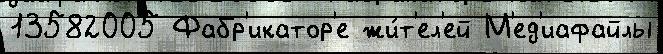
13582005 Фабр'икатор'е жи́т'ел'ей М'ед'иафайлы